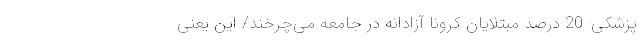
پزشکی: 20 درصد مبتلایان کرونا آزادانه در جامعه می‌چرخند/ این یعنی